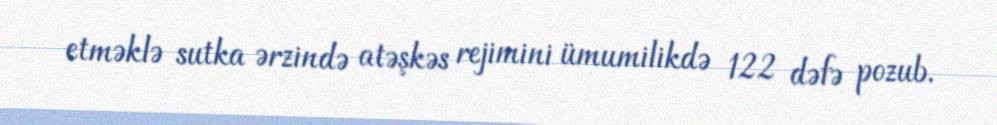
etməklə sutka ərzində atəşkəs rejimini ümumilikdə 122 dəfə pozub.